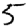
Digit: 5